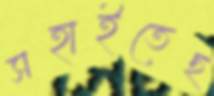
সহাইতেছ